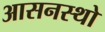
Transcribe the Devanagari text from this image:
आसनस्थो